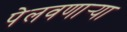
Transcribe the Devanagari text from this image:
पेलवणार्‍या